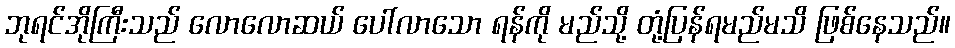
ဘုရင်အိုကြီးသည် လောလောဆယ် ပေါ်လာသော ရန်ကို မည်သို့ တုံ့ပြန်ရမည်မသိ ဖြစ်နေသည်။